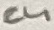
Text: C4